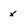
Character: x